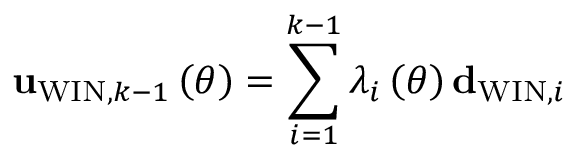
{ \bf u } _ { \mathrm { W I N } , k - 1 } \left( \theta \right) = \sum _ { i = 1 } ^ { k - 1 } \lambda _ { i } \left( \theta \right) { \bf d } _ { \mathrm { W I N } , i }